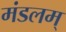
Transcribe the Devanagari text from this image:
मंडलम्‌